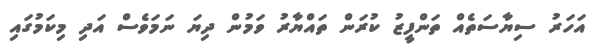
އަހަރު ސިޔާސަތެއް ތަންފީޒު ކުރަން ތައްޔާރު ވަމުން ދިޔަ ނަމަވެސް އަދި މިކަމުގައި